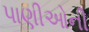
પાણીઓની